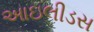
આઇલીડસ